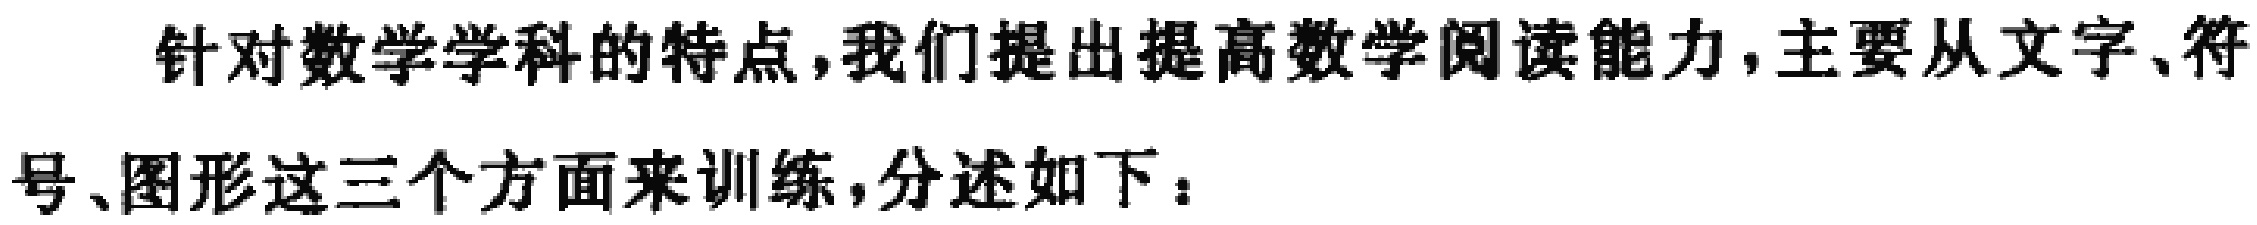
针对数学学科的特点,我们提出提高数学阅读能力,主要从文字、符号、图形这三个方面来训练,分述如下：